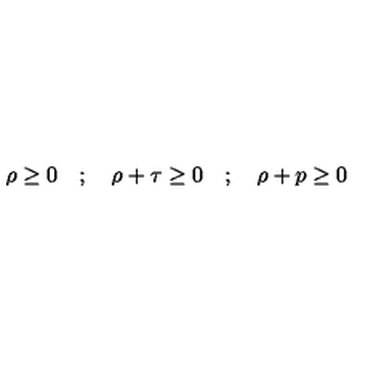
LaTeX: \rho \ge 0 \quad ; \quad \rho + \tau \ge 0 \quad ; \quad \rho + p \ge 0